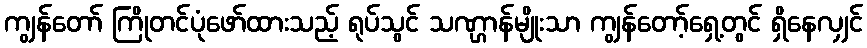
ကျွန်တော် ကြိုတင်ပုံဖော်ထားသည့် ရုပ်သွင် သဏ္ဌာန်မျိုးသာ ကျွန်တော့်ရှေ့တွင် ရှိနေလျှင်